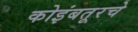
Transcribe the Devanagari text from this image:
कोइंबतूरचे